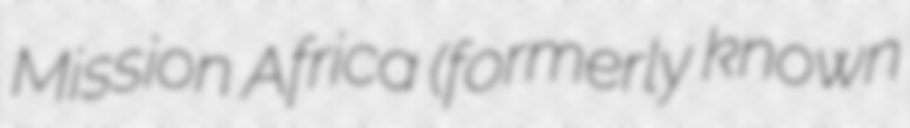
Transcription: Mission Africa (formerly known